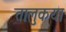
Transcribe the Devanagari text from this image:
तालुकया